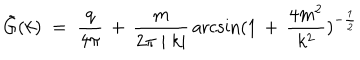
LaTeX: { \tilde { G } } ( k ) \; = \; \frac { q } { 4 \pi } \, + \, \frac { m } { 2 \pi \mid k \mid } \, \operatorname { a r c s i n } ( 1 \, + \, \frac { 4 m ^ { 2 } } { k ^ { 2 } } ) ^ { - \frac { 1 } { 2 } }